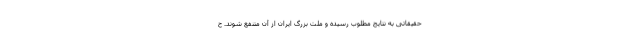
حقیقاتی به نتایج مطلوب رسیده و ملت بزرگ ایران از آن متنفع شوند. ح